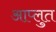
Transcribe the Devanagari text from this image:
आप्लुत